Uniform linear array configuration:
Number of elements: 16
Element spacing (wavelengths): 1
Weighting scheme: blackman
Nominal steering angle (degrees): -60
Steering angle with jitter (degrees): -59.627
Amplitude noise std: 0.05
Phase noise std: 0.05

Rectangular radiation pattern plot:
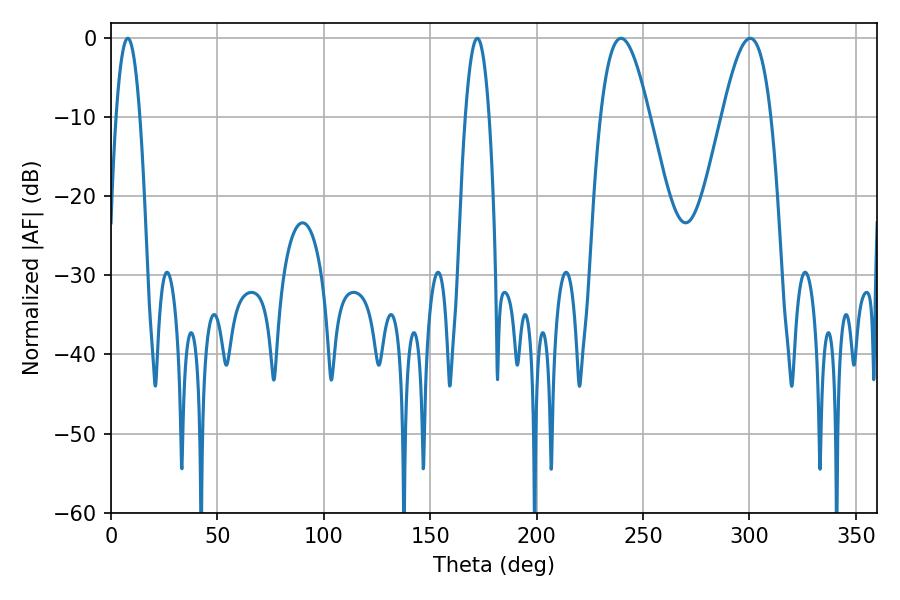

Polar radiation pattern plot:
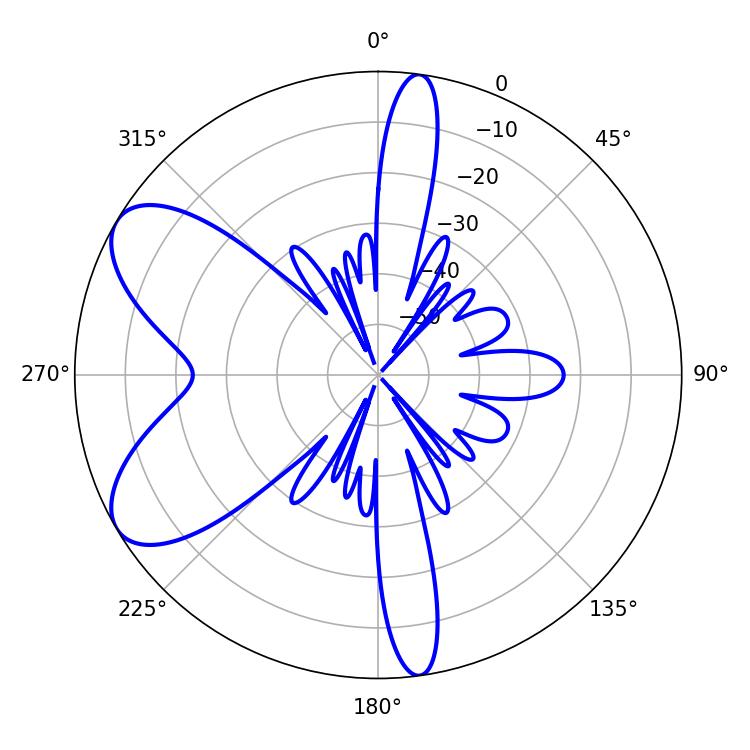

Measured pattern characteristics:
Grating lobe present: TRUE
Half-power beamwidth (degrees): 12.42
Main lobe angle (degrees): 239.58